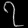
Digit: ၇